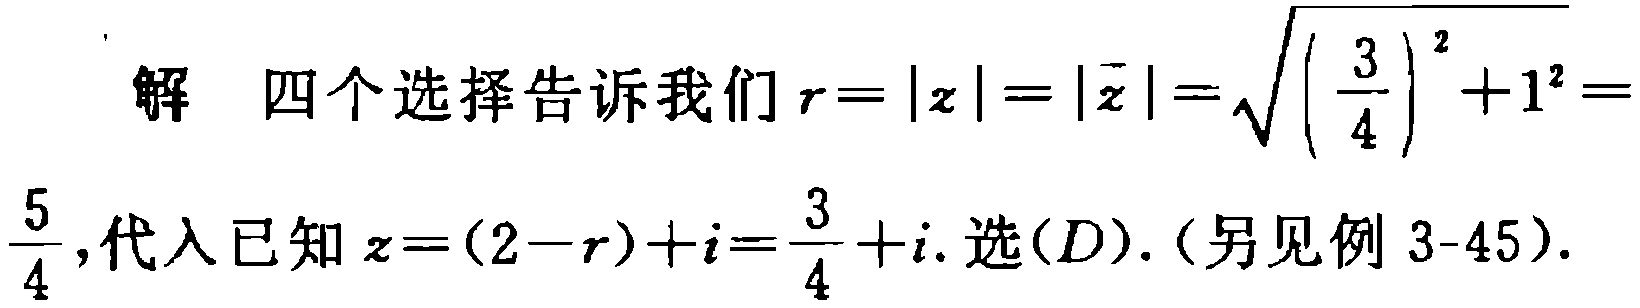
解 四个选择告诉我们\(r = |z| = |\overline{z}|=\sqrt{\left(\frac{3}{4}\right)^{2}+1^{2}}=\frac{5}{4}\),代入已知\(z=(2 - r)+i=\frac{3}{4}+i\). 选\((D)\).（另见例 3-45）.